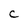
Character: C